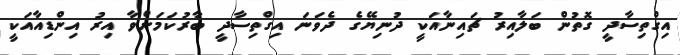
އިގްތިސާދީ ގޮތުން ބަލާއިރު ޗައިނާއަކީ ދުނިޔޭގެ ދެވަނަ އިގްތިސާދީ ބާރުކަމަށްވާ އިރު އިންޑިއާއަކީ